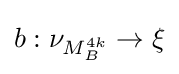
b:\nu _{M_{B}^{4k}}\rightarrow \xi